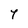
Character: Y